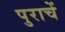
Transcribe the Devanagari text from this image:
पुराचें